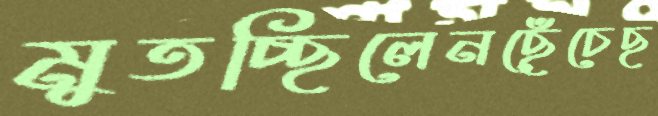
মুতচ্ছিলেনছেঁচেছ